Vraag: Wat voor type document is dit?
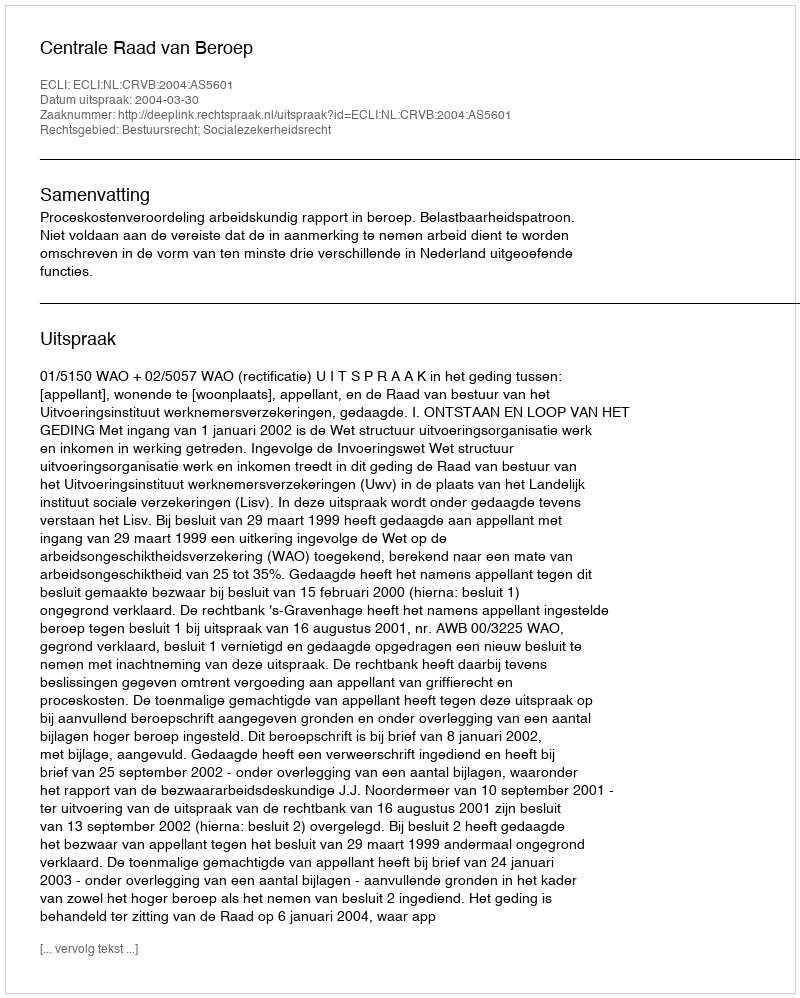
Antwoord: Uitspraak